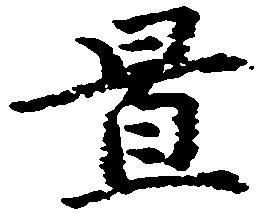
置